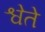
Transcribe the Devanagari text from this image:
श्वेते